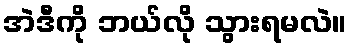
အဲဒီကို ဘယ်လို သွားရမလဲ။